Rongu_vallavalitsus, lk 4
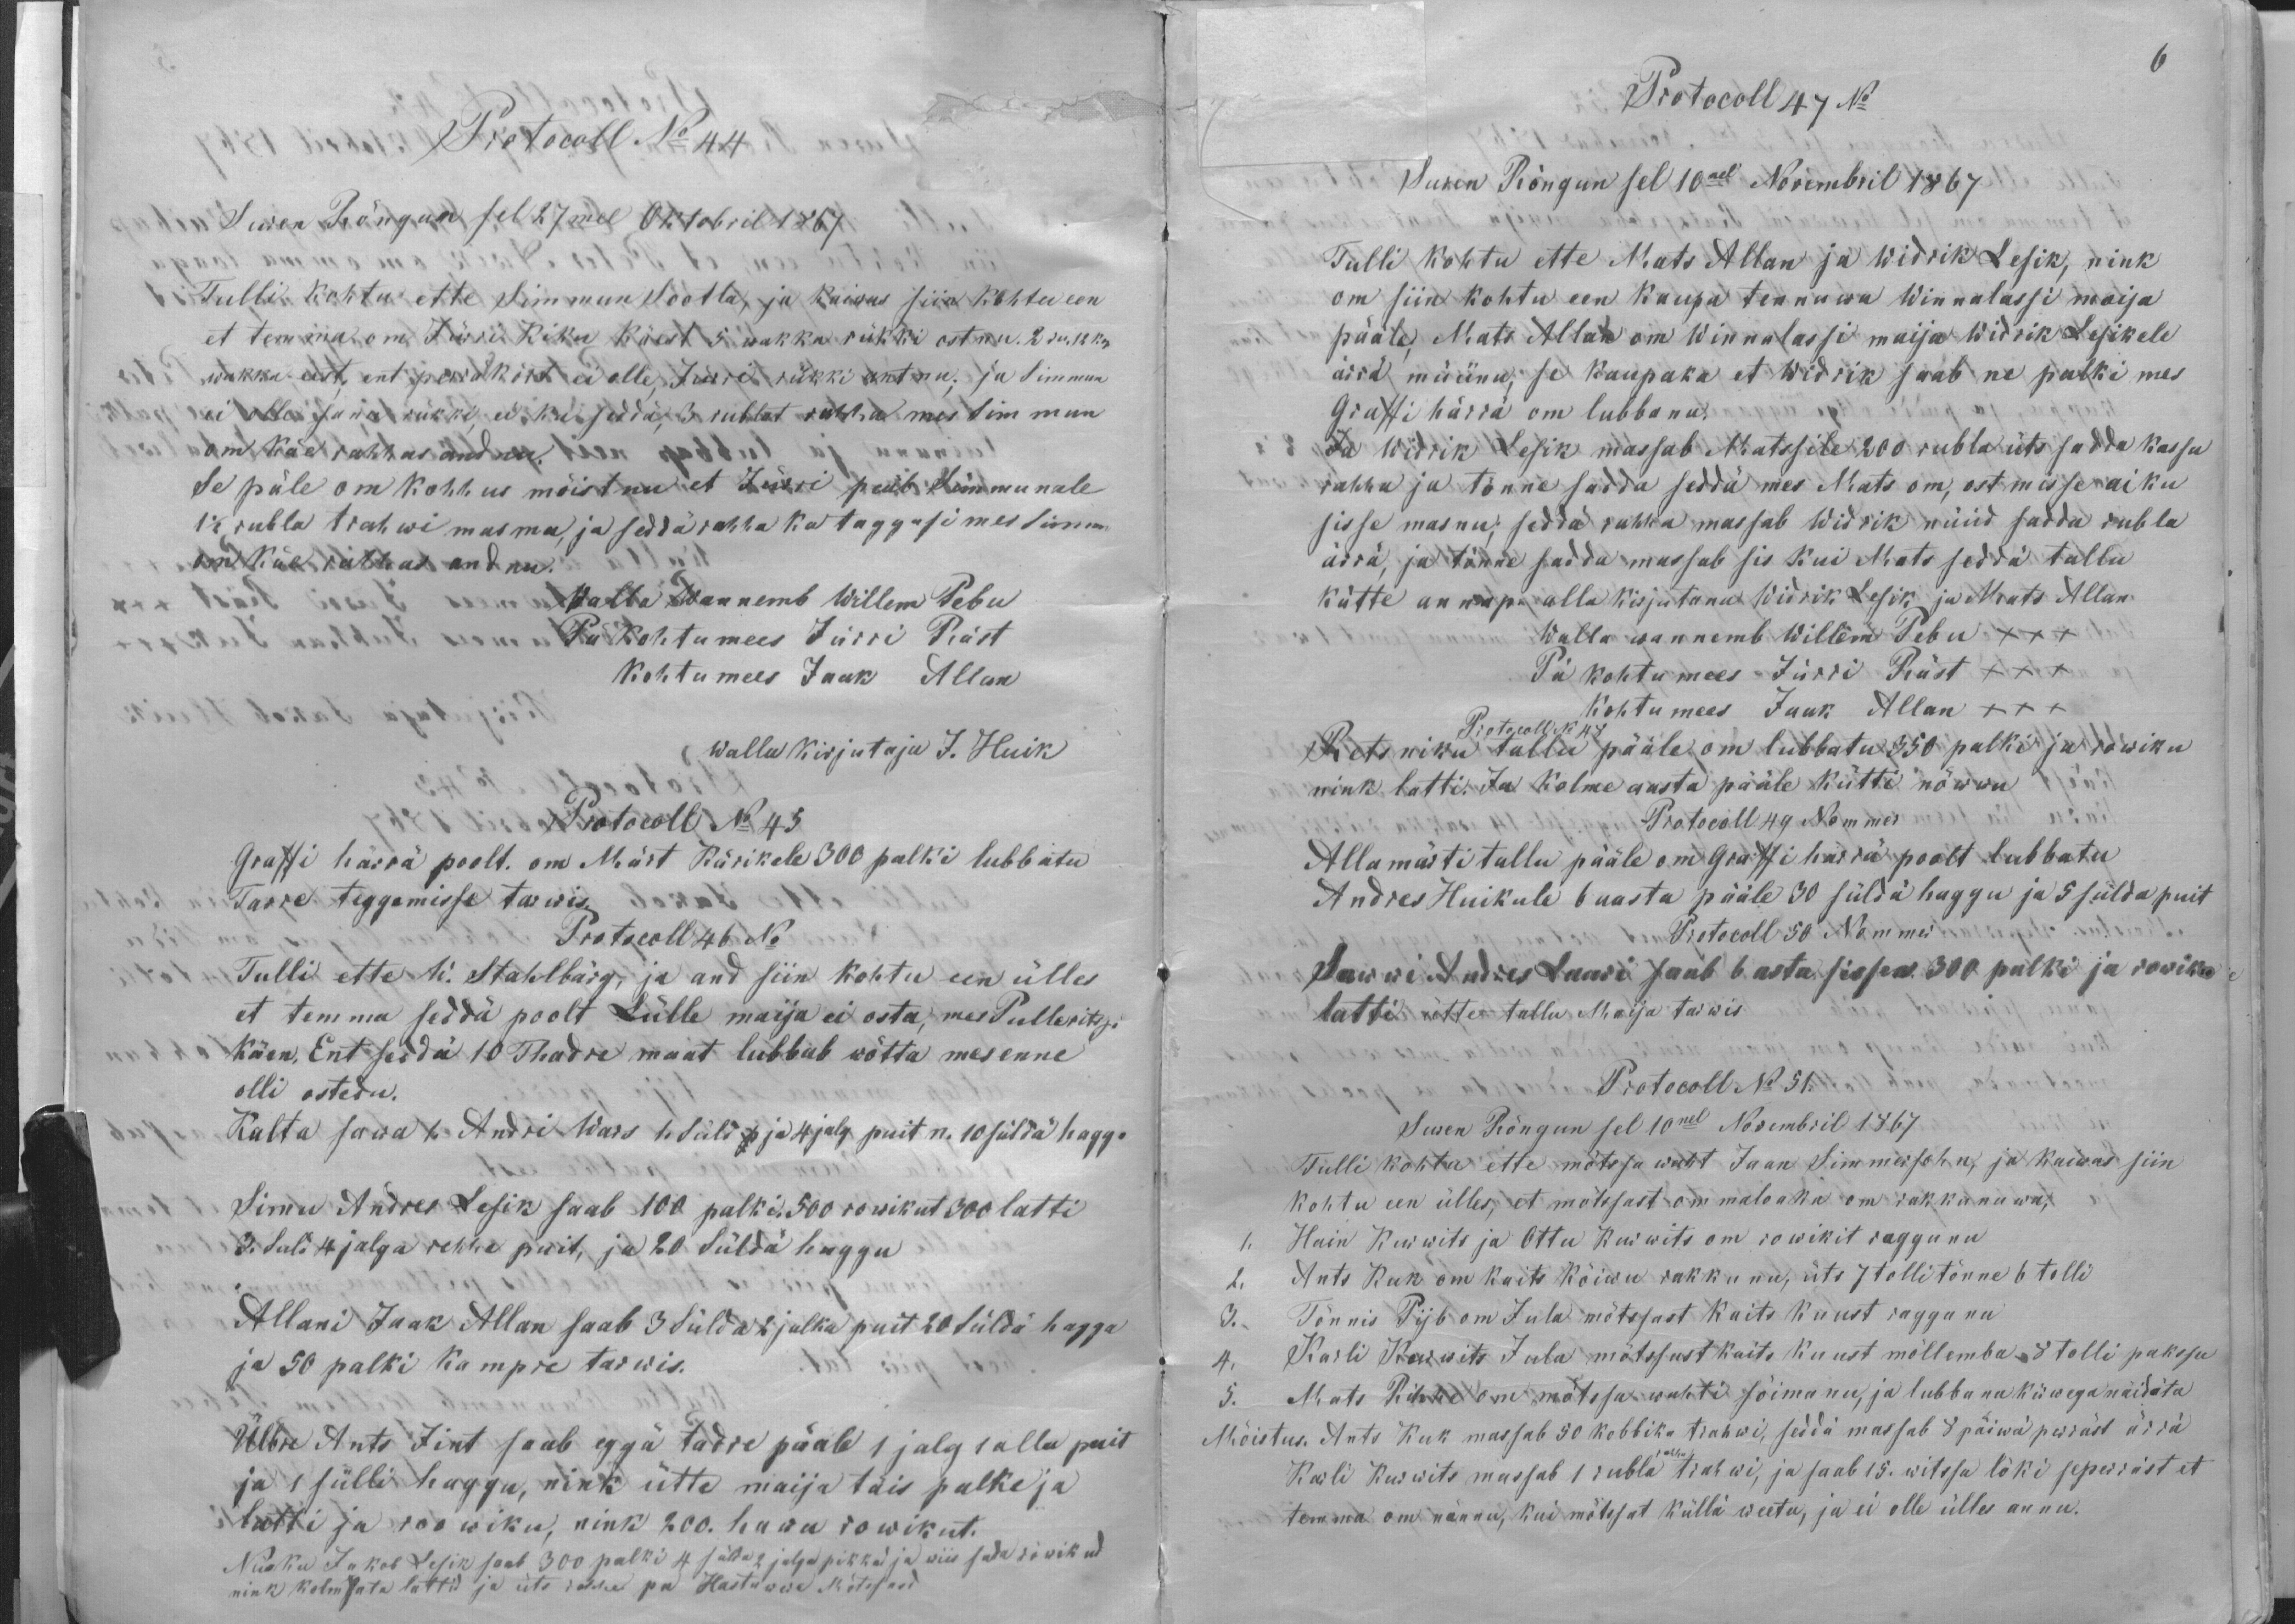
Protocoll No 44
Suren Rõngun sel 27mel Oktobril 1867
Tulli kohtu ette Simmun Sootla, ja kaiwas siin kohtu een
et temma om Jürri Kiku käest 5 wakka rükki ostnu. 2 ru. 12 kop
wakka eest; ent perrä kõrt ei olle, Jurri rükki antnu; ja Simmun
ei olle sanu rükki, ei ka seddä, 3 rublat rahha mes Simmun
om käe rahhas andnu.
Se päle om kohhus mõistnu et Jürri peäb Simmunale
1 1/2 rubla trahwi masma, ja seddä rahha ka taggasi mes Simmun
om käe rahhas andnu.
Walla Wannemb Willem Pebu
Pä kohtumees Jürri Räst
kohtumees Jaak Allan
Walla kirjutaja J. Huik
Protocoll No 45
Graffi härra poolt. om Märt Kärikele 300 palki lubbatu
Tarre teggemisse tarwis.
Protokoll 46 No
Tulli ette W. Stahlbärg, ja and siin kohtu een ülles
et temma seddä poolt Lülle maija ei osta, mes Pullerits jo
käen. Ent seddä 10 Thadre maat lubbab wõtta mes enne
olli ostedu.
Kulta sawa 1. Andri Wars 1. süld p ja 4 jalg puit n. 10 süldä haggo
Linnu Andres Lepik saab 100 palki. 500 rowikut 300 latti
3. Suld 4 jalga rehha puit, ja 20 Süldä haggu
ja 50 palki kampre tarwis.
Ülbre Ants Jint saab eggä tarre päale 1 jalg 1 allu puit
ja 1 sülli haggu, nink ütte maija täis palke ja
latti ja roowiku, nink 200. hawu rowikut.
Nisoku Jakob Lesik saab 300 palki 4 sülda 2 jalga pikkad ja wiis sada rowikud
nink kolmsata lattid ja üts rehhe pu Hastuwwa Mõtssasd

6
Protocoll 47 No
Suren Rõngun sel 10nel Novembril 1867
Tulli kohtu ette Mats Allan ja Widrik Lepik, nink
om siin kohtu een kaupa tennuwa Winnalassi moisa
pääle, Mats Allan om Winnalassi maija Widrik Lesikele
ärrä müünu, se kaupaka et Widrik saab ne palki mes
Graffi härra om lubbanu.
Ja Widrik Lepik massab Matssile 200 rubla üts sadda kassu
rahha ja tõnne sadda seddä mes Mats om, ostmisse aiku
sisse masnu; seddä rahha massab Widrik nüüd sadda rubla
ärrä, ja tõnne sada massab sis kui Mats seddä tallu
kätte annap alla kirjutana Widrik Lesik ja Mats Allan
Walla wannemb Willem Pebu XXX
Pä kohtumees Jürri Räst XXX
Kohtu mees Jaak Allan XXX
Protocoll No 48
Retsniku tallu pääle om lubbatu 350 palki ja rowiku
nink latti. Ja kolme aasta pääle kütti nõwwu
Protokoll 49 Nommer
Allamärti tallu pääle om Graffi härrä poolt lubbatu
Andres Huikule 6 aasta pääle 30 süldä haggu ja 5 sülda puit
Protocoll 50 Nommer
Sawwi Andres Lauri saab 6 asta sissen 300 palki ja rowiku
latti ütte tallu Maija tarwis
Protocoll No 51.
Suren Rõngun sel 10nel Novembril 1867
Tulli kohtu ette mõtssa waht Jaan Simmersohn, ja kaiwas siin
kohtu een ülles, et mõtssast om mahaatta om rakkanuwa,
1. Hain Kurwits ja Ottu Kurwits om rowikit raggunu
2. Ants Kuk om kaits kõiwu rakkunu, üts 7 tolli tõnne 6 tolli
3. Tõnnis Pijb om Jula mõtssast kaits kuust raggunu
4. Karli Kurvits Jula mõtssast kaits kuust mõllemba  8 tolli pakssu
5. Mats Rihhe om mõtssa wahti sõimanu, ja lubbanu kirwega näidata
Mõistus. Ants Kuk massab 50 kobbika trahwi, seddä massab 8 päiwä perräst ärrä
Karli Kurwits massab 1 rubla rahha trahwi, ja saab 15. witssa löki seperräst et
temma om nännu, kui mõtssat küllä weetu, ja ei olle ülles annu.